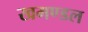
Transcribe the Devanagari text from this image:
खमण्डल